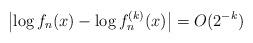
LaTeX: \begin{align*}\left| \log f_n(x) - \log f_n^{(k)}(x) \right| = O(2^{-k})\end{align*}